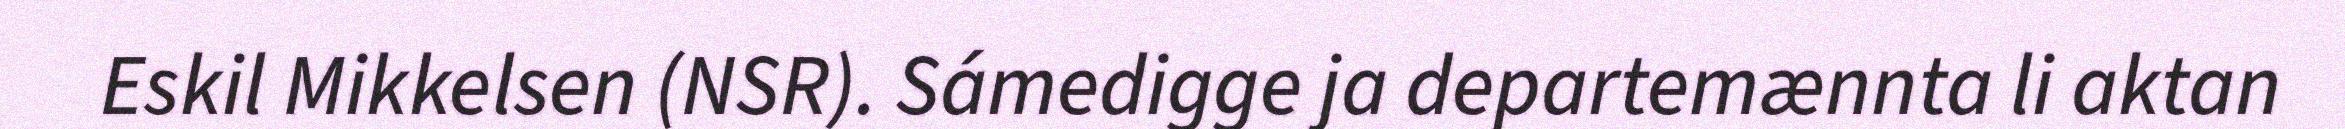
Eskil Mikkelsen (NSR). Sámedigge ja departemænnta li aktan